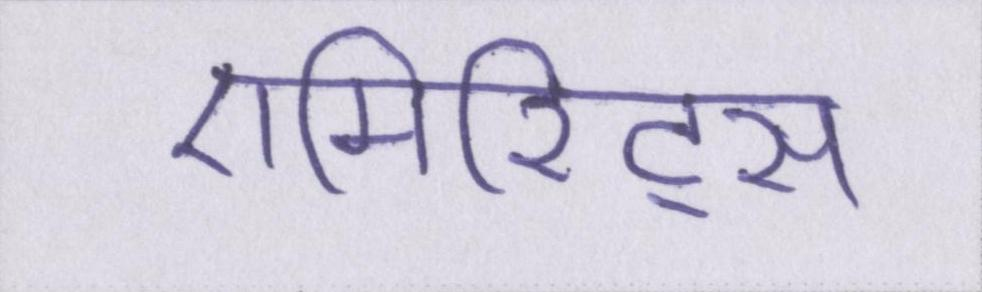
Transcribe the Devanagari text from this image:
एमिरिट्स